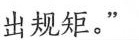
出规矩”